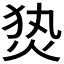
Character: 𰞕